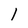
Character: l